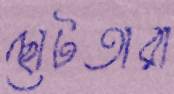
ছোটতারা